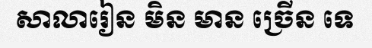
សាលារៀន មិន មាន ច្រើន ទេ